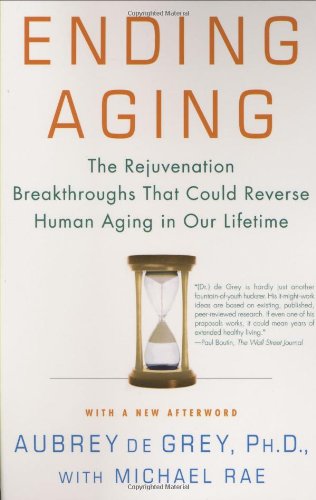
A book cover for Ending Aging: The Rejuvenation Breakthroughs That Could Reverse Human Aging in Our Lifetime; Aubrey de Grey; Science & Math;